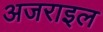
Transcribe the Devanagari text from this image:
अजराइल